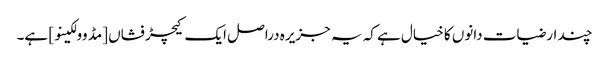
چند ارضیات دانوں کا خیال ہے کہ یہ جزیرہ دراصل ایک کیچڑ فشاں [مڈ وولکینو] ہے۔